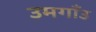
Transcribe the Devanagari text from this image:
उमगाँउ